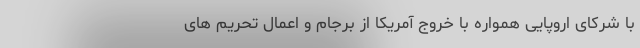
با شرکای اروپایی همواره با خروج آمریکا از برجام و اعمال تحریم های